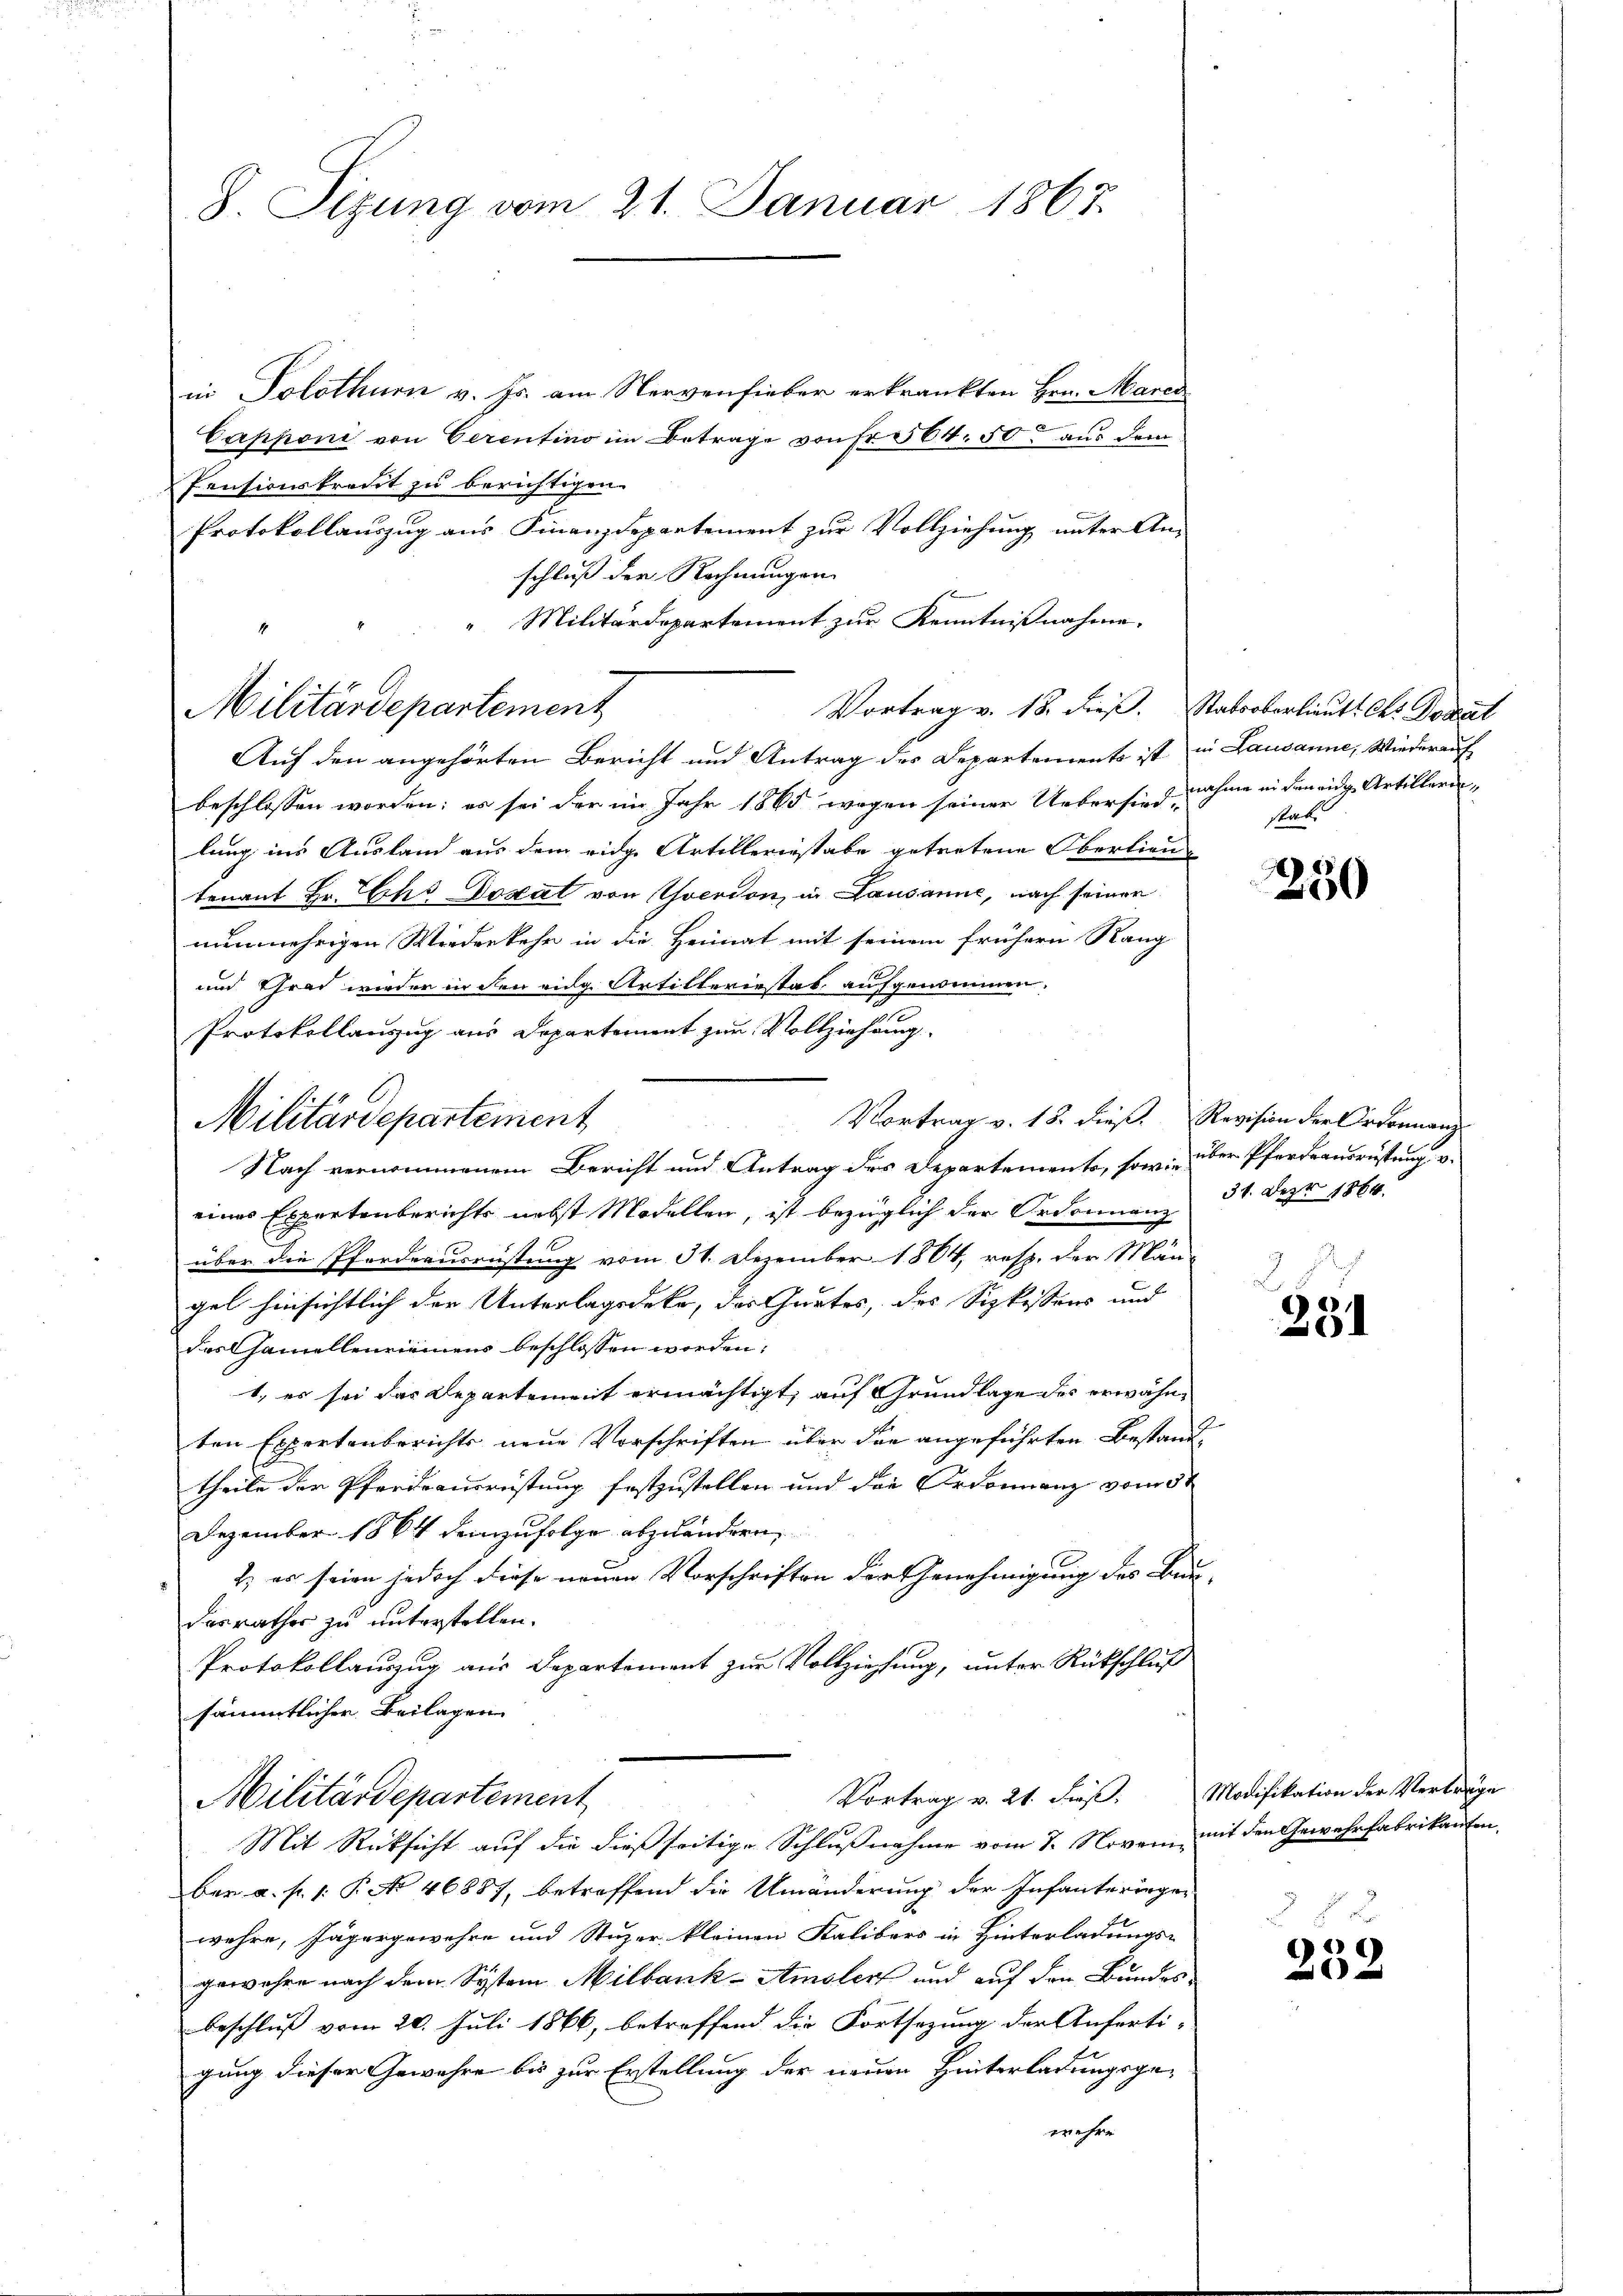
8. Sizung vom 21. Januar 1867.

in Solothurn v. Js. am Nervenfieber erkränkten Hrn. Marec
Capponi von Cerentino im Betrage von Fr. 564. 50 aus dem
Pensionskredit zu berichtigen.
Protokollauszug aus Finanzdepartement zur Vollziehung unter An-
schluß der Rechnungen
" Militärdepartement zur Kenntnißnahme.
Vortrag v. 18. dieß. Statsoberlieŭt. C. Pocat
Auf den angehörten Bericht und Antrag des Departements ist in Lausanne, Wiederauf
beschlossen worden; es sei der im Jahr 1865 wegen seiner Uebersind nahme in den eidg. Artillerilung ins Ausland aus dem eidge Artilleriestabe getretene Oberlieutenant Hr. Ehe Dogat von Yverdon, in Lausanne, nach seiner
nunmehrigen Wiederkehr in die Heimat mit seinem frühern Rang
und Grad wieder in den eidg Artilleriestat, aufgenommen.
Protokollanzug aus Departement zum Vollziehung
Vortrag v. 18. dieß. Revision der Ordonnanz
Nach vernommenem Bericht und Antrag der Departements, sowie über Pferdeausrüstung, u.
eines Expertenberichts nebst Modellen, ist bezüglich der Ordonnam 31. Der 1864
über die Pforderusrüstung vom 31. Dezember 1804, resp. der Män-
gel hinsichtlich der Unterlagsdeke, das Gurtes, das Sizkessens und
des Chamellenriemens beschlossen worden:
1. es sei das Departement ermächtigt, auf Grundlage des erwähnten Expertenberichts neue Vorschriften über den angeführten Bestand
theile der Pferdeausreistung festzustellen und die Ordonnanz vom 5t
Dezember 1864 demzufolge abzuändern,
2. es seien jedoch diese neuen Vorschriften der Genehmigung des Bundesrathes zu unterstellen.
Protokollauszug aus Departement zur Vollziehung, unter Rückschluß
sämmtlicher Beilagen.
Vortrag v. 21. dieß. Modifikation der Verträge
Militärdepartement
Mit Rücksicht auf die dießseitige Schlußnahme vom 7. Novem mit den Gewehrfabrikanten,
ber a. p. 1. P. No 46887, betreffend die Umänderung der Infanteringer
wehre, Jägergewehre und Stuzer kleinen Kalibers in Hinterladungs-
gewahre nach dem System Milbank-Amslers und auf den Bundes-
beschluß vom 20. Juli 1866, betreffend die Fortsezung der Anferti-
gung dieser Gewehre bis zur Erstellung der neuen Hinterladungsge-
wehre

Militärdepartement

Militärdepartement

stabe

A
250

u
231

382
232